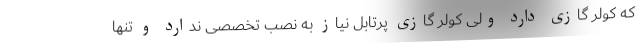
که کولر گازی دارد ولی کولر گازی پرتابل نیاز به نصب تخصصی ندارد و تنها